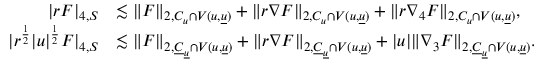
\begin{array} { r l } { | r F | _ { 4 , S } } & { \lesssim \| F \| _ { 2 , C _ { u } \cap V ( u , { \underline { { u } } } ) } + \| r \nabla F \| _ { 2 , C _ { u } \cap V ( u , { \underline { { u } } } ) } + \| r \nabla _ { 4 } F \| _ { 2 , C _ { u } \cap V ( u , { \underline { { u } } } ) } , } \\ { | r ^ { \frac { 1 } { 2 } } | u | ^ { \frac { 1 } { 2 } } F | _ { 4 , S } } & { \lesssim \| F \| _ { 2 , { \underline { { C } } } _ { \underline { { u } } } \cap V ( u , { \underline { { u } } } ) } + \| r \nabla F \| _ { 2 , { \underline { { C } } } _ { \underline { { u } } } \cap V ( u , { \underline { { u } } } ) } + | u | \| \nabla _ { 3 } F \| _ { 2 , { \underline { { C } } } _ { \underline { { u } } } \cap V ( u , { \underline { { u } } } ) } . } \end{array}